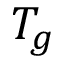
T _ { g }